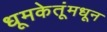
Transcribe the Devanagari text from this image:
धूमकेतूंमधून